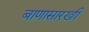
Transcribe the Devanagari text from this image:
बाणासारखी